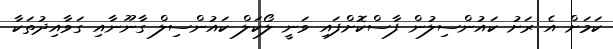
ކަމަށް އެ ރަށު ކައުންސިލުން ފާސްކޮށްފައި ވަނީ ލޯކަލް ކައުންސިލް ގާނޫނާއި ގަވާއިދުތަކާ